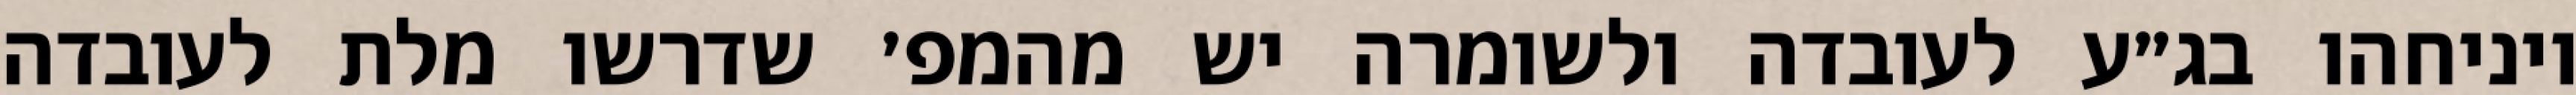
ויניחהו בג״ע לעובדה ולשומרה יש מהמפ׳ שדרשו מלת לעובדה